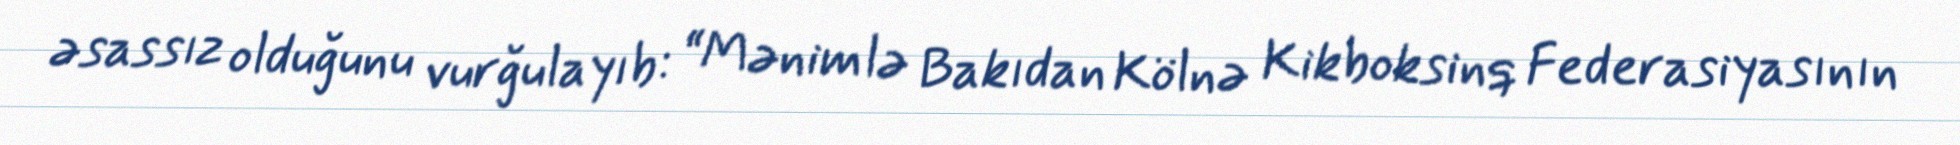
əsassız olduğunu vurğulayıb: “Mənimlə Bakıdan Kölnə Kikboksinq Federasiyasının